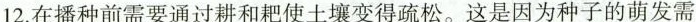
12.在播种前需要通过耕和耙使土壤变得疏松。这是因为种子的萌发需